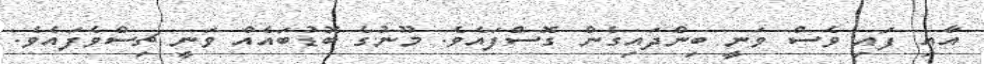
އާއި ފައި ވެސް ވަނީ ބިންދައިގެން ގޮސްފައެވެ. މޫނުގެ ބޮޑުބައެއް ވަނީ ޗިސްވެފައެވެ.